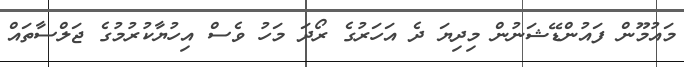
މައުމޫން ފައުންޑޭޝަނުން މިދިޔަ ދެ އަހަރުގެ ރޯދަ މަހު ވެސް އިހުޔާކުރުމުގެ ޖަލްސާތައް